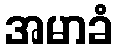
အမာခံ